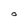
Character: O